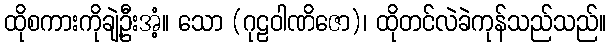
ထိုစကားကိုချဲ့ဦးအံ့။ သော (ဂုဠဝါဏိဇော)၊ ထိုတင်လဲခဲကုန်သည်သည်။